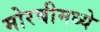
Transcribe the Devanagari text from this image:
मोरबीमध्ये